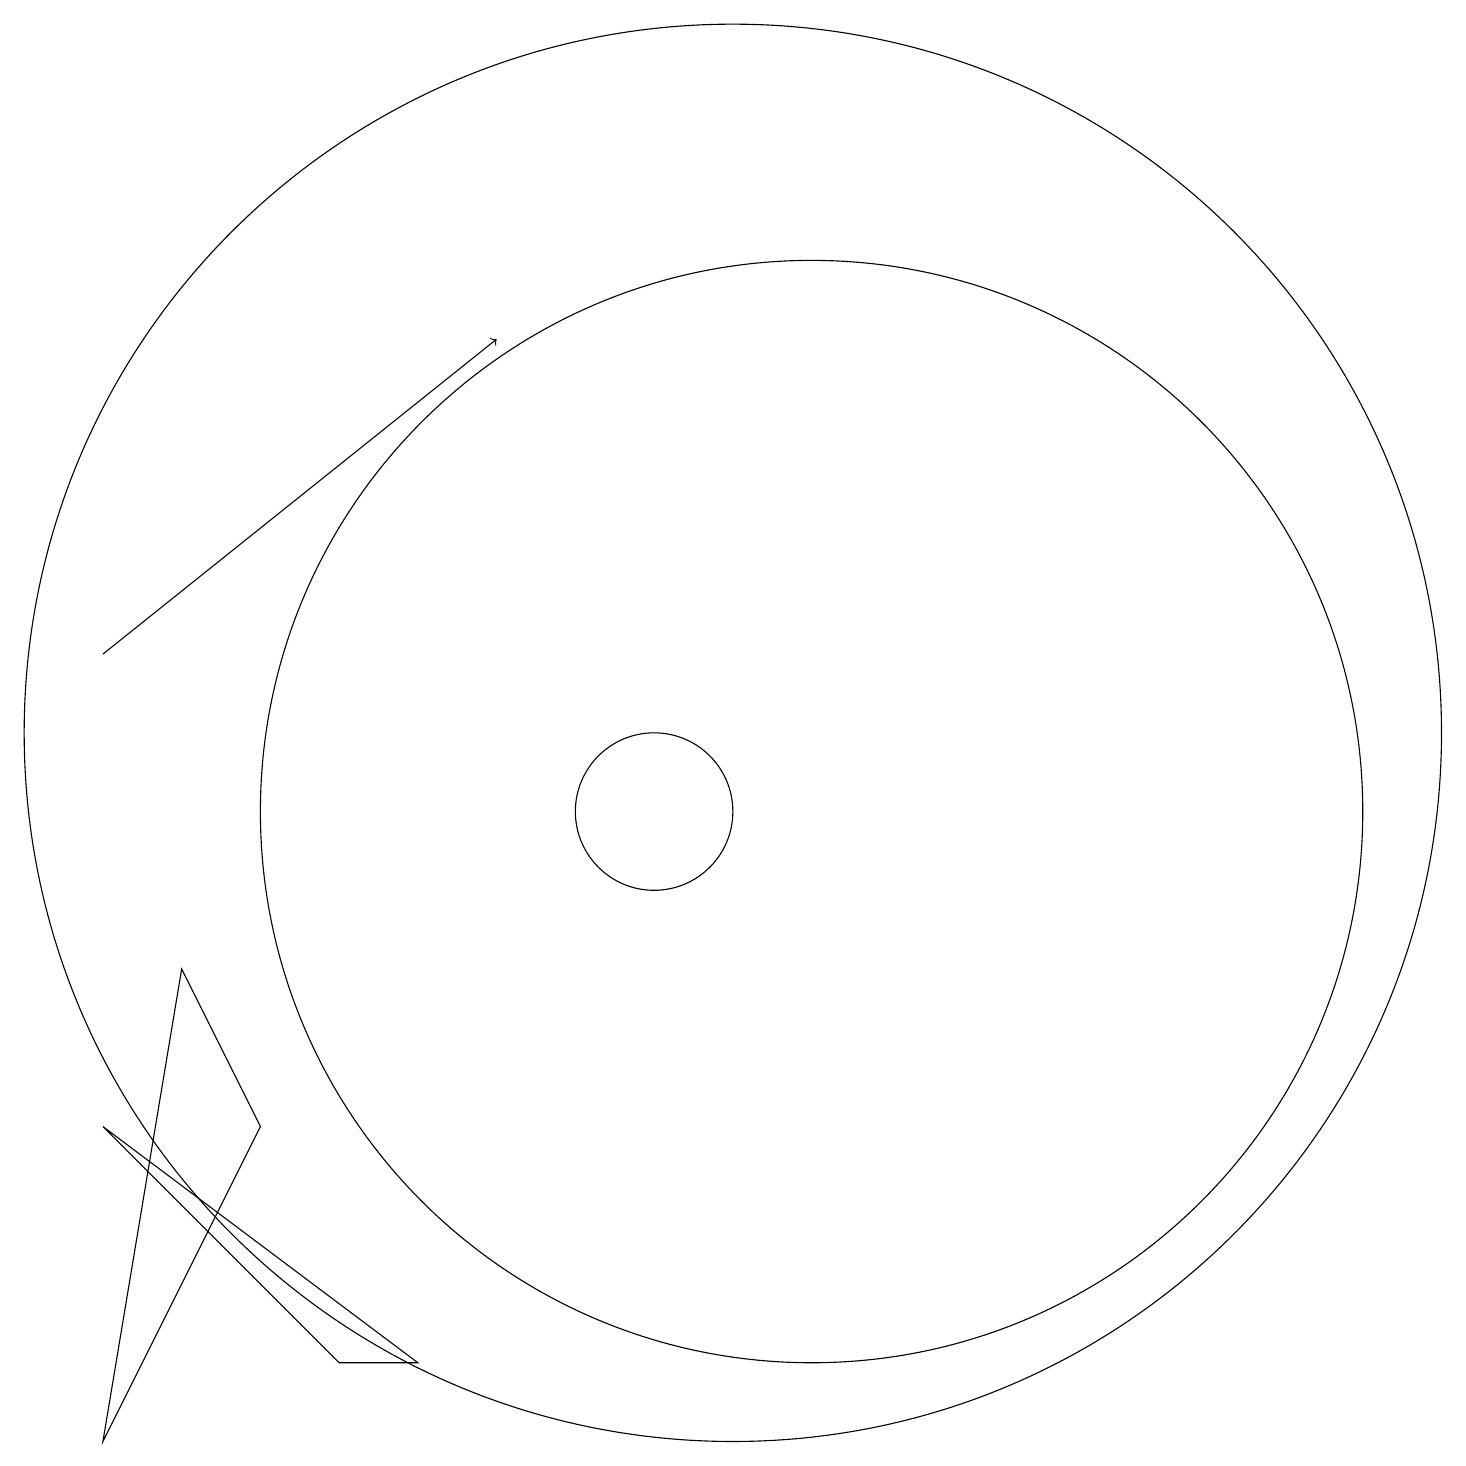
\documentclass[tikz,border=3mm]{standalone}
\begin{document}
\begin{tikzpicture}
\draw (10,10) circle (1);
\draw (5,6) -- (3,2) -- (4,8) -- cycle;
\draw (3,6) -- (7,3) -- (6,3) -- cycle;
\draw (12,10) circle (7);
\draw (11,11) circle (9);
\draw[->] (3,12) -- (8,16);
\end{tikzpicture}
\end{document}